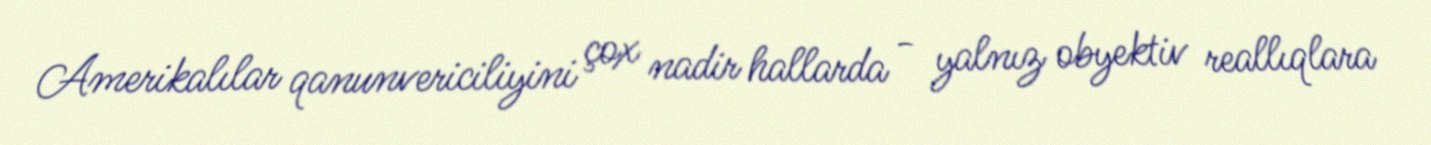
Amerikalılar qanunvericiliyini çox nadir hallarda - yalnız obyektiv reallıqlara